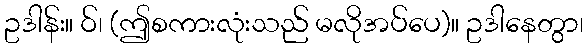
ဥဒါန်း။ ဝ်၊ (ဤစကားလုံးသည် မလိုအပ်ပေ)။ ဥဒါနေတွာ၊